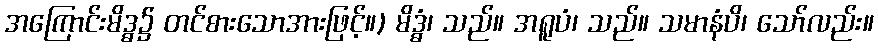
အကြောင်းမိဒ္ဓ၌ တင်စားသောအားဖြင့်။) မိဒ္ဓံ၊ သည်။ အရူပံ၊ သည်။ သမာနံပိ၊ သော်လည်း။